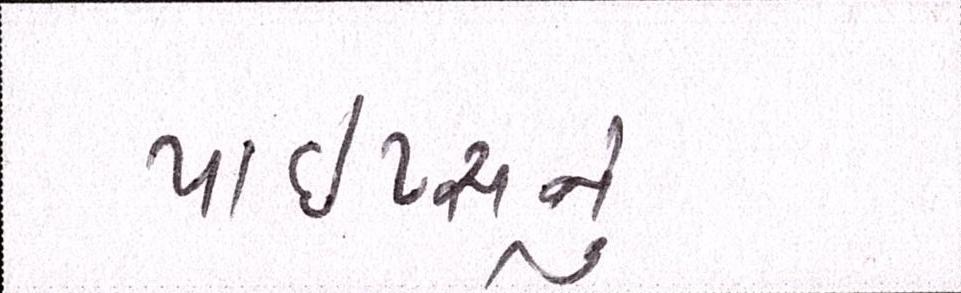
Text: પાઇપ્સનું